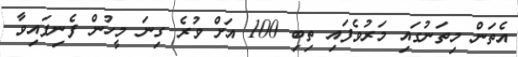
އެތަން މިތަނުގައި މަރުވެފައި ތިބި 100 އަށް ވުރެ ގިނަ މީހުން ފެނިފައިވާ